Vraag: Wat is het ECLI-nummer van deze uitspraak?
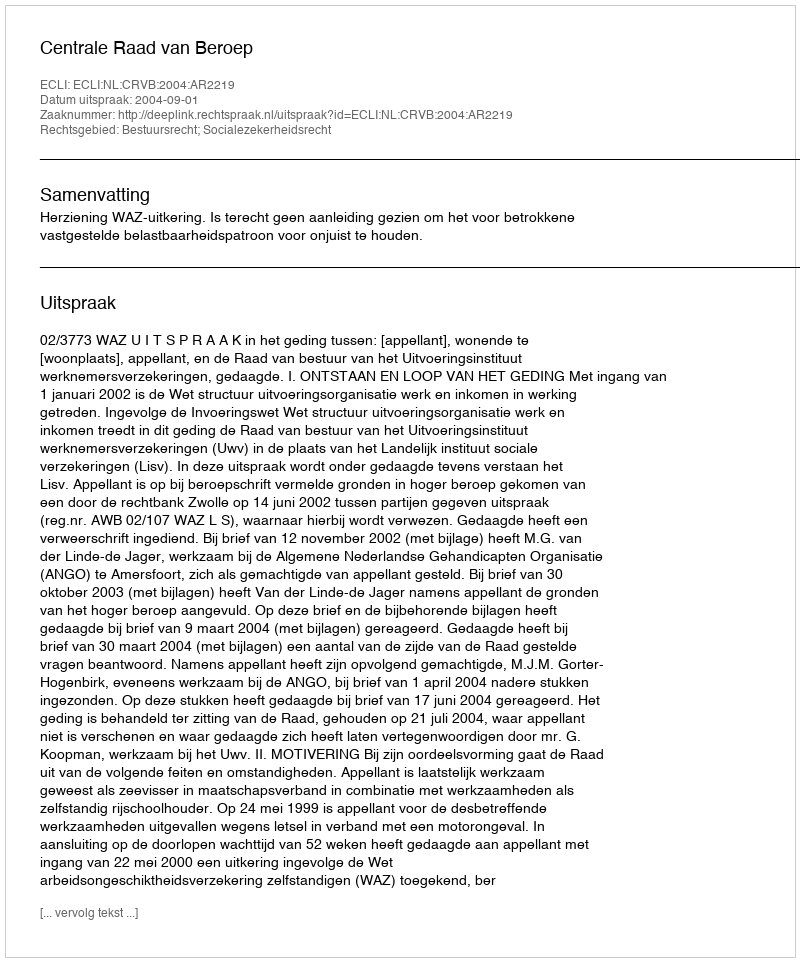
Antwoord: ECLI:NL:CRVB:2004:AR2219